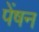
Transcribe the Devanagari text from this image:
पेंषन